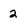
Character: 2